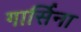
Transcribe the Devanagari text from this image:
गार्सिना